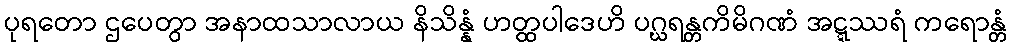
ပုရတော ဌပေတွာ အနာထသာလာယ နိသိန္နံ ဟတ္ထပါဒေဟိ ပဂ္ဃရန္တကိမိဂဏံ အဋ္ဋဿရံ ကရောန္တံ